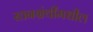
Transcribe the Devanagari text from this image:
स्तनग्रंथींमधील